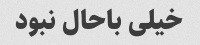
خیلی باحال نبود